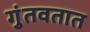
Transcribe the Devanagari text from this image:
गुंतवतात